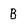
Character: B